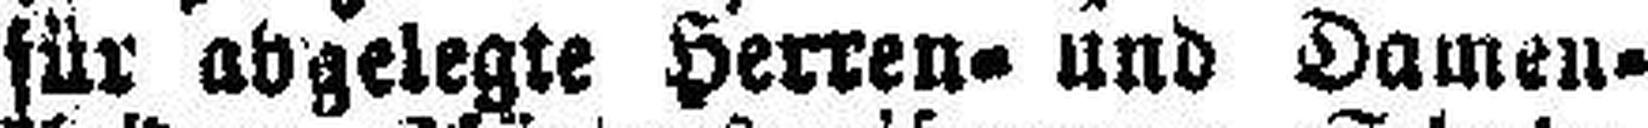
für abgelegte Herren= und Damen¬